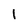
Character: I